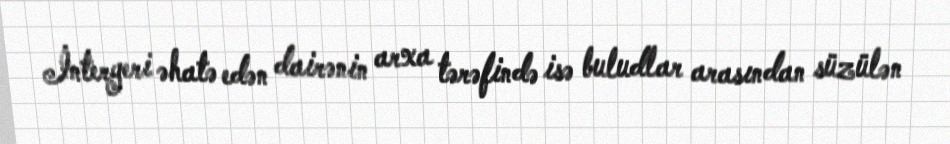
İnteryeri əhatə edən dairənin arxa tərəfində isə buludlar arasından süzülən